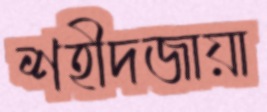
শহীদজায়া